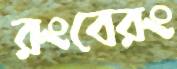
রংবেরং